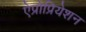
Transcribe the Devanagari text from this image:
ऐप्रोप्रियेशन